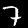
Label: 7